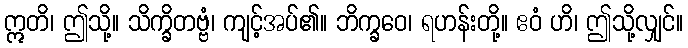
ဣတိ၊ ဤသို့။ သိက္ခိတဗ္ဗံ၊ ကျင့်အပ်၏။ ဘိက္ခဝေ၊ ရဟန်းတို့။ ဧဝံ ဟိ၊ ဤသို့လျှင်။